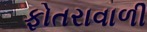
ફોતરાવાળી